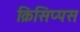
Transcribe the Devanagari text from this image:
क्रिसिप्पस